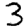
Digit: 3